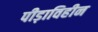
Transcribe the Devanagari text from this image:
पीड़ाविहीन